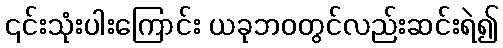
၎င်းသုံးပါးကြောင်း ယခုဘဝတွင်လည်းဆင်းရဲ၍